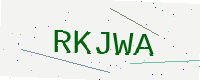
Text: RKJWA